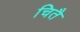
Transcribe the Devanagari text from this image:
चितै